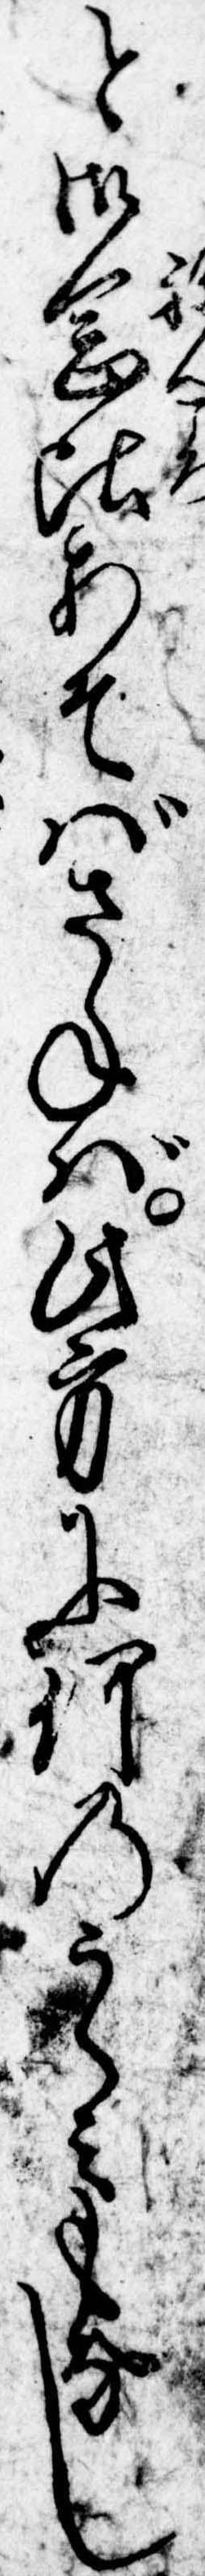
と御念比あそばさねば此方に何のうらみもなし